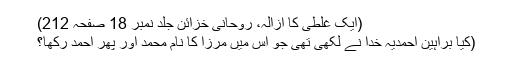
(ایک غلطی کا ازالہ، روحانی خزائن جلد نمبر 18 صفحہ 212)
(کیا براہین احمدیہ خدا نے لکھی تھی جو اس میں مرزا کا نام محمد اور پھر احمد رکھا؟